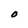
Character: O